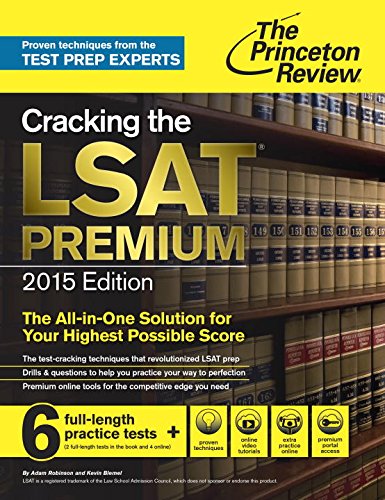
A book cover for Cracking the LSAT Premium Edition with 6 Practice Tests, 2015 (Graduate School Test Preparation); Princeton Review; Test Preparation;